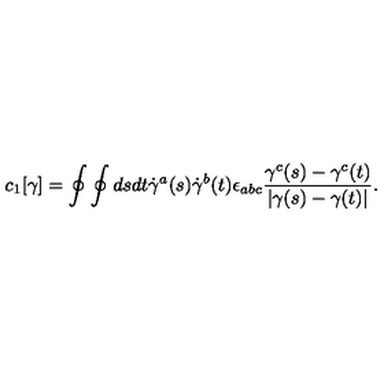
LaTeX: c _ { 1 } [ \gamma ] = \oint \oint d s d t \dot { \gamma } ^ { a } ( s ) \dot { \gamma } ^ { b } ( t ) \epsilon _ { a b c } { \frac { \gamma ^ { c } ( s ) - \gamma ^ { c } ( t ) } { | \gamma ( s ) - \gamma ( t ) | } } .